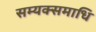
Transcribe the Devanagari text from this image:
सम्यक्समाधि